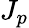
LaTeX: J_{p}